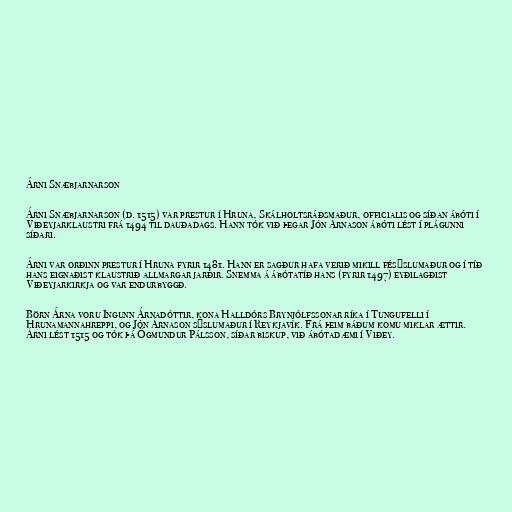
Árni Snæbjarnarson

Árni Snæbjarnarson (d. 1515) var prestur í Hruna, Skálholtsráðsmaður, officialis og síðan ábóti í
Viðeyjarklaustri frá 1494 til dauðadags. Hann tók við þegar Jón Árnason ábóti lést í plágunni
síðari.

Árni var orðinn prestur í Hruna fyrir 1481. Hann er sagður hafa verið mikill fésýslumaður og í tíð
hans eignaðist klaustrið allmargar jarðir. Snemma á ábótatíð hans (fyrir 1497) eyðilagðist
Viðeyjarkirkja og var endurbyggð.

Börn Árna voru Ingunn Árnadóttir, kona Halldórs Brynjólfssonar ríka í Tungufelli í
Hrunamannahreppi, og Jón Árnason sýslumaður í Reykjavík. Frá þeim báðum komu miklar ættir.
Árni lést 1515 og tók þá Ögmundur Pálsson, síðar biskup, við ábótadæmi í Viðey.